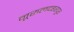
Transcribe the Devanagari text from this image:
नूरुलदहरपुर